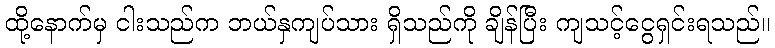
ထို့နောက်မှ ငါးသည်က ဘယ်နှကျပ်သား ရှိသည်ကို ချိန်ပြီး ကျသင့်ငွေရှင်းရသည်။